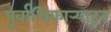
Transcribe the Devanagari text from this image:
पूर्वाधिकार्‍याहून